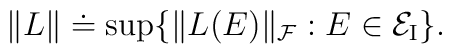
\| L \| \doteq \sup \{ \| L (E)\|_{\cal F}:E\in {\cal E}_{\mbox{{\scriptsize I}}} \}.